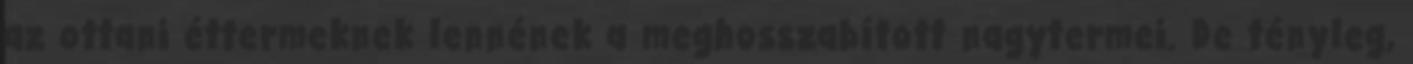
az ottani éttermeknek lennének a meghosszabított nagytermei. De tényleg,